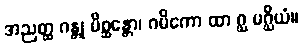
အညတ္ထ ဂန္တု မိစ္ဆန္တော၊ ဂမိကော ထာ ဂ္ဃ မဂ္ဃိယံ။